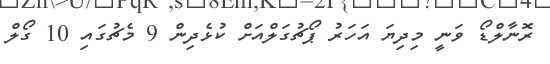
ރޮނާލްޑޯ ވަނީ މިދިޔަ އަހަރު ޕޯޗުގަލްއަށް ކުޅެދިން 9 މެޗުގައި 10 ގޯލް